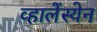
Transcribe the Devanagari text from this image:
व्हालेंस्येन